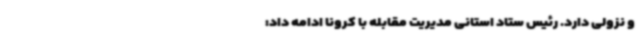
و نزولی دارد.‌ رئیس ستاد استانی مدیریت مقابله با کرونا ادامه داد: